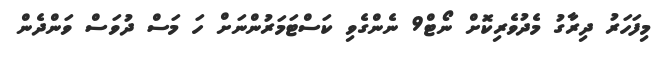
މިފަހަރު ދިރާގު މެދުވެރިކޮށް ނޯޓް9 ނެންގެވި ކަސްޓަމަރުންނަށް ހަ މަސް ދުވަސް ވަންދެން